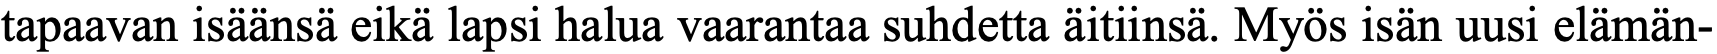
tapaavan isäänsä eikä lapsi halua vaarantaa suhdetta äitiinsä. Myös isän uusi elämän-